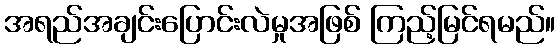
အရည်အချင်းပြောင်းလဲမှုအဖြစ် ကြည့်မြင်ရမည်။